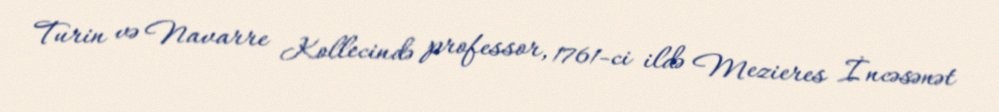
Turin və Navarre Kollecində professor, 1761-ci ildə Mezieres İncəsənət